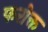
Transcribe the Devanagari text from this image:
फरोक्त